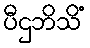
ပီဌဘိသိံ